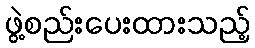
ဖွဲ့စည်းပေးထားသည့်